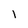
Character: l